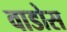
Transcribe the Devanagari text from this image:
वाडोस